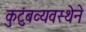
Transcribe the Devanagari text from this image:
कुटुंबव्यवस्थेने